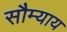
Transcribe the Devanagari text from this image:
सौम्याय